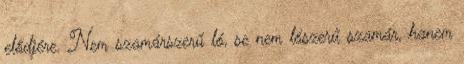
elődjére. Nem szamárszerű ló, se nem lószerű szamár, hanem